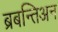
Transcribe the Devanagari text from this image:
ब्रबन्तिअन